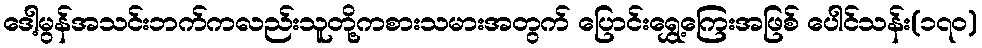
ဒေါ့မွန်အသင်းဘက်ကလည်းသူတို့ကစားသမားအတွက် ပြောင်းရွှေ့ကြေးအဖြစ် ပေါင်သန်း(၁၇၀)